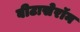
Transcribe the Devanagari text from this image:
बीटासेरॉन